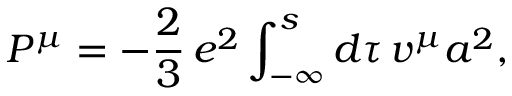
{ \cal P } _ { { } } ^ { \mu } = - { { \frac { 2 } { 3 } } } \, e ^ { 2 } \int _ { - \infty } ^ { s } d \tau \, v ^ { \mu } a ^ { 2 } ,